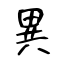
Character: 異